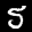
Label: 5